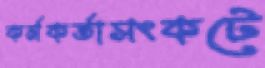
কর্মকর্তাসংকটে